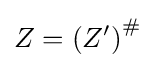
Z=\left(Z^{\prime }\right)^{\#}